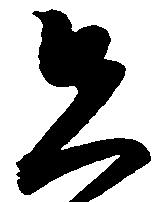
先